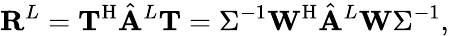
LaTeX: \mathbf{R}^{L}=\mathbf{T}^{\mathrm{H}}\hat{\mathbf{A}}^{L}\mathbf{T}=\Sigma^{-1}\mathbf{W}^{\mathrm{H}}\hat{\mathbf{A}}^{L}\mathbf{W}\Sigma^{-1},